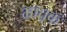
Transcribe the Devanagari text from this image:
भ्रातृक